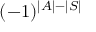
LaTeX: ( - 1 ) ^ { | A | - | S | }